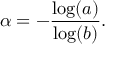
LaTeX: \alpha = - { \frac { \log ( a ) } { \log ( b ) } } .